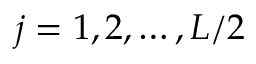
j = 1 , 2 , \dots , L / 2